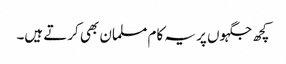
کچھ جگہوں پر یہ کام مسلمان بھی کرتے ہیں۔